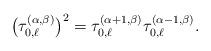
LaTeX: \begin{gather*}\big(\tau_{0,\ell}^{(\alpha,\beta)}\big)^{2}= \tau_{0, \ell}^{(\alpha + 1,\beta)} \tau_{0, \ell}^{(\alpha - 1,\beta)}.\end{gather*}